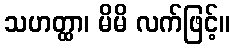
သဟတ္ထာ၊ မိမိ လက်ဖြင့်။